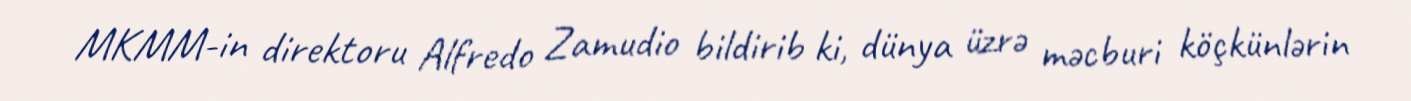
MKMM-in direktoru Alfredo Zamudio bildirib ki, dünya üzrə məcburi köçkünlərin